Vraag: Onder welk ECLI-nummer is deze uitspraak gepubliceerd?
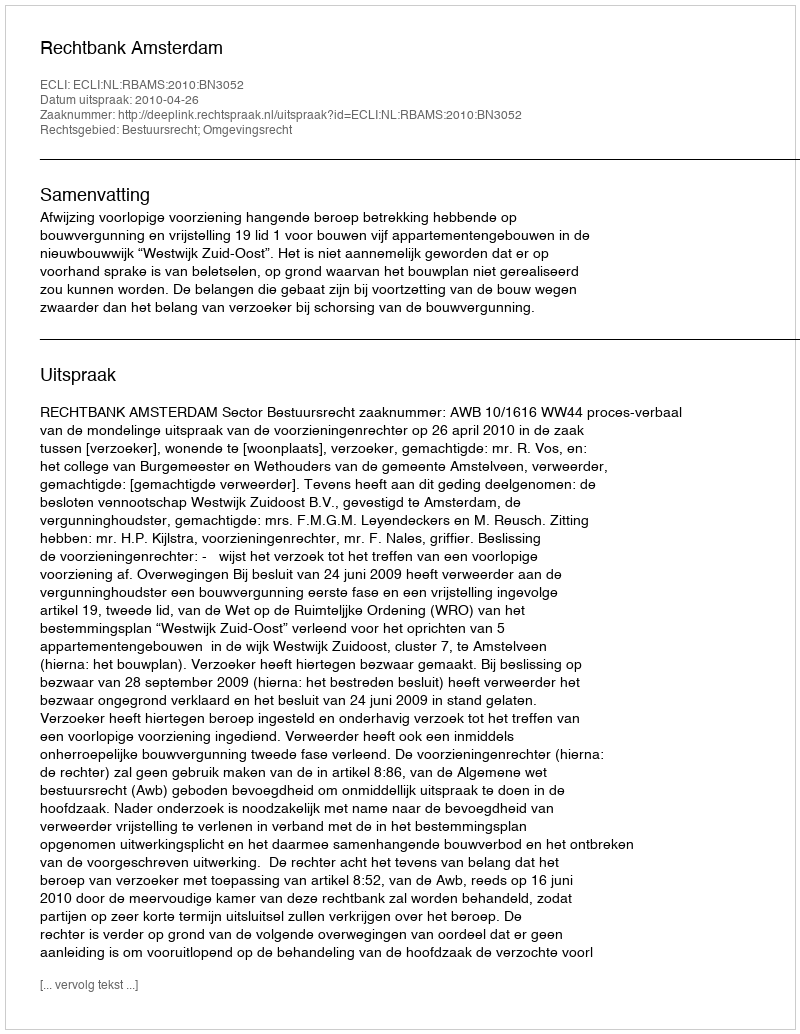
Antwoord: ECLI:NL:RBAMS:2010:BN3052